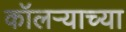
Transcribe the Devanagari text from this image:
कॉलऱ्याच्या